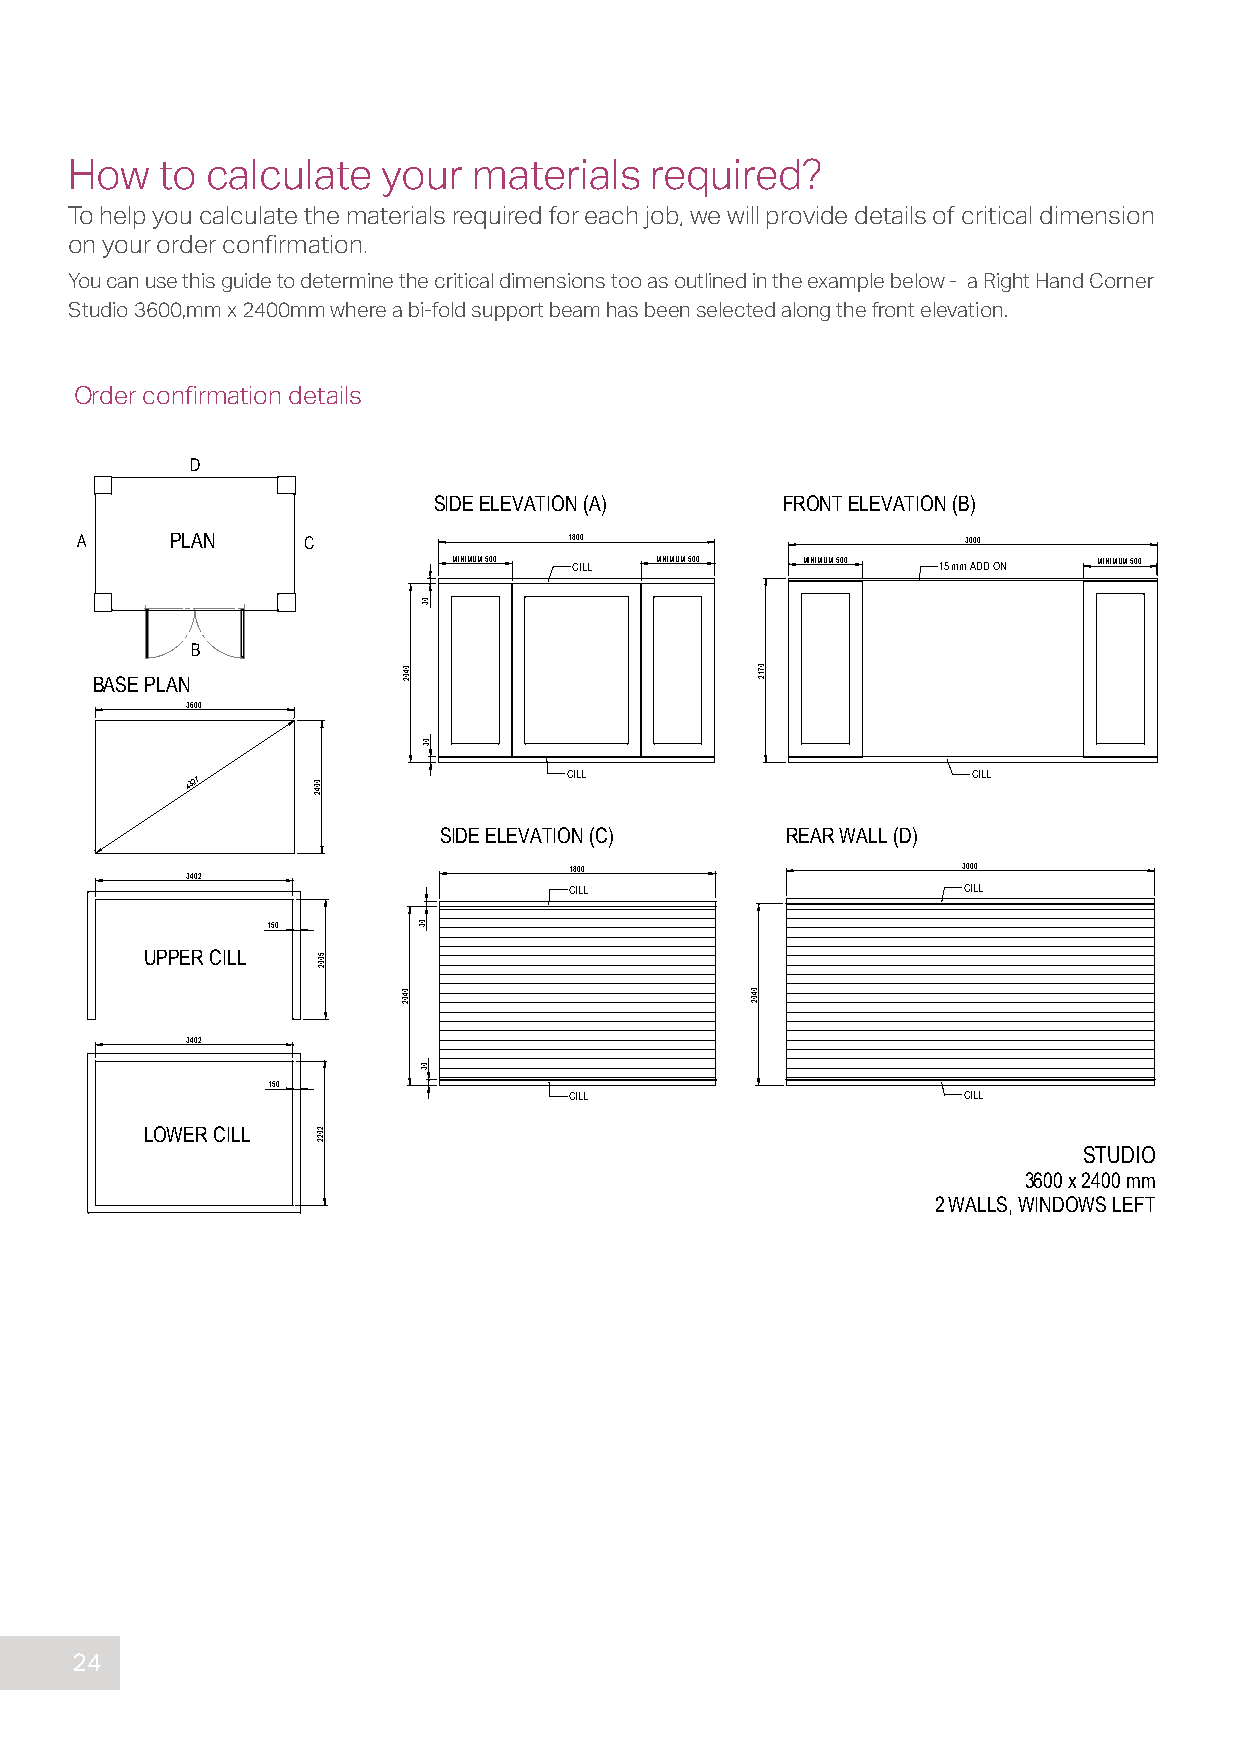
How   to calculate  your  materials   required?
 To help you calculate the materials required for each job, we will provide details of critical dimension
 on your order confirmation.
 You can use this guide to determine the critical dimensions too as outlined in the example below - a Right Hand Corner
 Studio 3600,mm x 2400mm where a bi-fold support beam has been selected along the front elevation.
 Order confirmation details
 D
 SIDE ELEVATION (A)     FRONT ELEVATION (B)
 A     PLAN     C                 1800                      3000
 MINIMUM 500 CILL MINIMUM 500 MINIMUM 500 15 mm ADD ON MINIMUM 500
 B
 BASE PLAN
 3600
 4327                     CILL                       CILL
 SIDE ELEVATION (C)     REAR WALL (D)
 1800                      3000
 3402
 CILL                      CILL
 150
 UPPER CILL
 3402
 150
 CILL                      CILL
 LOWER CILL
 STUDIO
 3600 x 2400 mm
 2 WALLS, WINDOWS LEFT
 24
 0042
 5002
 2022
 0402
 0402
 03
 03
 03
 03
 0402
 0712